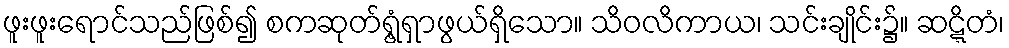
ဖူးဖူးရောင်သည်ဖြစ်၍ စကဆုတ်ရွံ့ရှာဖွယ်ရှိသော။ သိဝလိကာယ၊ သင်းချိုင်း၌။ ဆဋ္ဋိတံ၊